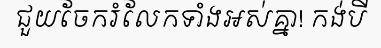
ជួយចែករំលែកទាំងអស់គ្នា! កង់បី